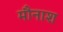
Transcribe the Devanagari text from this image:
मौनाश